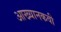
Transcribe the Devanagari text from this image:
आख्यानकवी